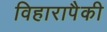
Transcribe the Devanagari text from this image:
विहारापैकी